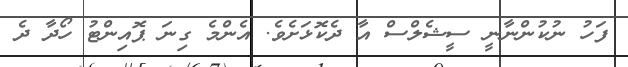
ފަހު ނުކުންނާނީ ސީޝެލްސް އާ ދެކޮޅަށެވެ. އެންމެ ގިނަ ޕޮއިންޓު ހޯދާ ދެ